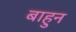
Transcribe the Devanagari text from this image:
बाहुन